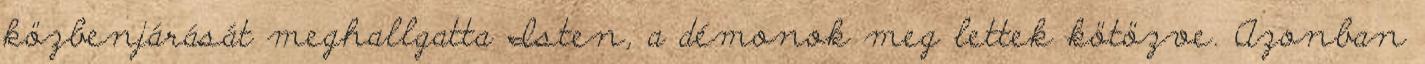
közbenjárását meghallgatta Isten, a démonok meg lettek kötözve. Azonban